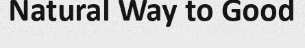
Natural Way to Good